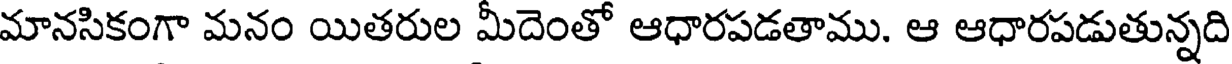
మానసికంగా మనం యితరుల మీదెంతో ఆధారపడతాము. ఆ ఆధారపడుతున్నది